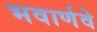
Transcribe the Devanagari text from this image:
भवार्णवे